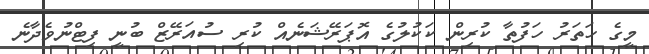
މީގެ ހަތަރު ހަފުތާ ކުރިން ކަކުލުގެ އޮޕަރޭޝަނެއް ކުރި ސުއަރޭޒް ބުނީ ފިޓްނުވެދާނެ